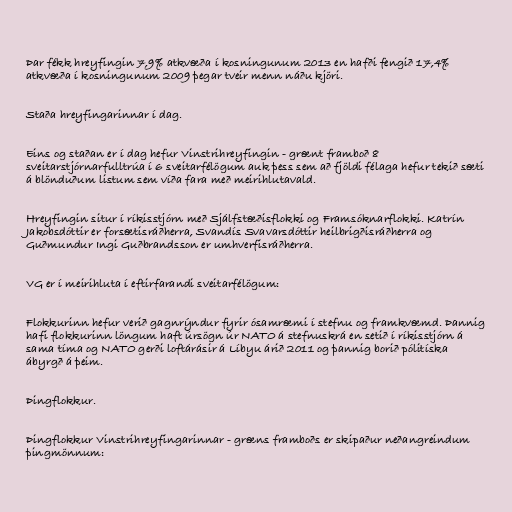
Þar fékk hreyfingin 7,9% atkvæða í kosningunum 2013 en hafði fengið 17,4%
atkvæða í kosningunum 2009 þegar tveir menn náðu kjöri.

Staða hreyfingarinnar í dag.

Eins og staðan er í dag hefur Vinstrihreyfingin - grænt framboð 8
sveitarstjórnarfulltrúa í 6 sveitarfélögum auk þess sem að fjöldi félaga hefur tekið sæti
á blönduðum listum sem víða fara með meirihlutavald.

Hreyfingin situr í ríkisstjórn með Sjálfstæðisflokki og Framsóknarflokki. Katrín
Jakobsdóttir er forsætisráðherra, Svandís Svavarsdóttir heilbrigðisráðherra og
Guðmundur Ingi Guðbrandsson er umhverfisráðherra.

VG er í meirihluta í eftirfarandi sveitarfélögum:

Flokkurinn hefur verið gagnrýndur fyrir ósamræmi í stefnu og framkvæmd. Þannig
hafi flokkurinn löngum haft úrsögn úr NATO á stefnuskrá en setið í ríkisstjórn á
sama tíma og NATO gerði loftárásir á Líbyu árið 2011 og þannig borið pólitíska
ábyrgð á þeim.

Þingflokkur.

Þingflokkur Vinstrihreyfingarinnar - græns framboðs er skipaður neðangreindum
þingmönnum: